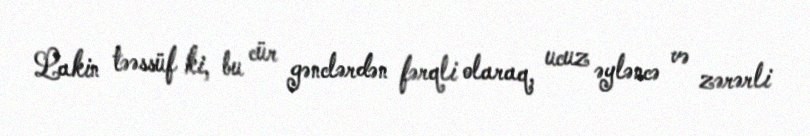
Lakin təəssüf ki, bu cür gənclərdən fərqli olaraq, ucuz əyləncə və zərərli